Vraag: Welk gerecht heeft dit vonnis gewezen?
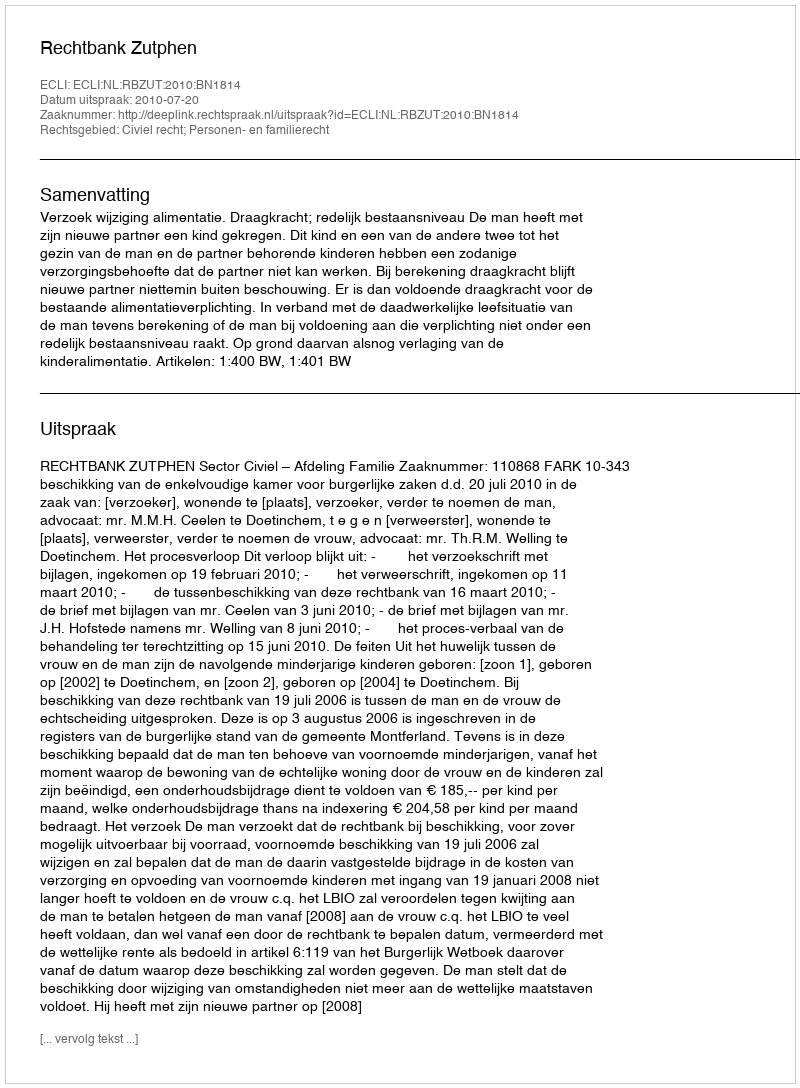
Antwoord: Rechtbank Zutphen